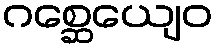
ဂစ္ဆေယျေဝ